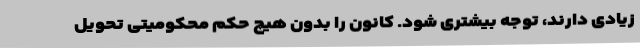
زیادی دارند، توجه بیشتری شود. کانون را بدون هیچ حکم محکومیتی تحویل